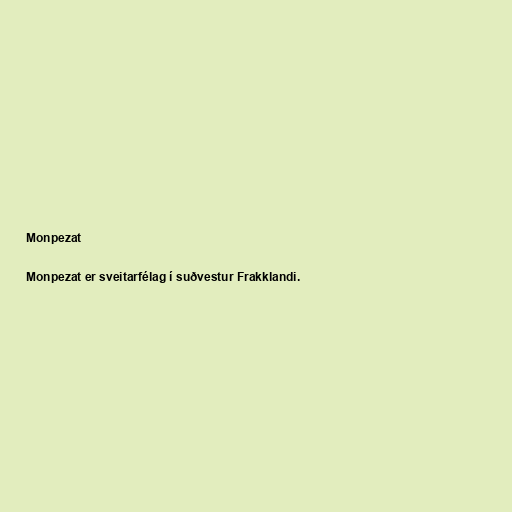
Monpezat

Monpezat er sveitarfélag í suðvestur Frakklandi.